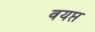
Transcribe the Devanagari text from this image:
वयप्त